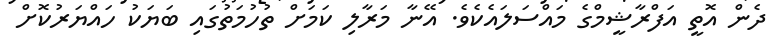
ދެން އޮތީ އަފްރާޝީމްގެ މައްސަލައެކެވެ. އޭނާ މަރާލި ކަމަށް ތުހުމަތުގައި ބަޔަކު ހައްޔަރުކޮށް